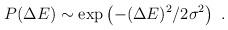
LaTeX: \begin{align*}P(\Delta E) \sim \exp\left( - (\Delta E)^2 / 2\sigma^2\right) \ .\end{align*}